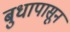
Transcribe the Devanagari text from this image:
बुधापासून